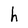
Character: h